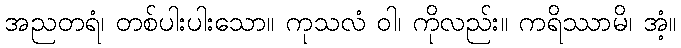
အညတရံ၊ တစ်ပါးပါးသော။ ကုသလံ ဝါ၊ ကိုလည်း။ ကရိဿာမိ၊ အံ့။